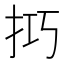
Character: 𢫚